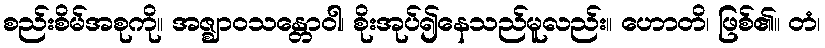
စည်းစိမ်အစုကို။ အဇ္ဈာဝသန္တောဝါ၊ စိုးအုပ်၍နေသည်မူလည်း။ ဟောတိ၊ ဖြစ်၏။ တံ၊